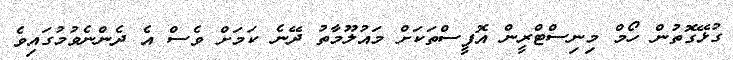
ގުޅޭގޮތުން ހޯމް މިނިސްޓްރީން އޮފީސްތަކަށް މައުލޫމާތު ދޭނެ ކަމަށް ވެސް އެ ދެންނެވުމުގައިވެ